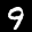
Label: 9